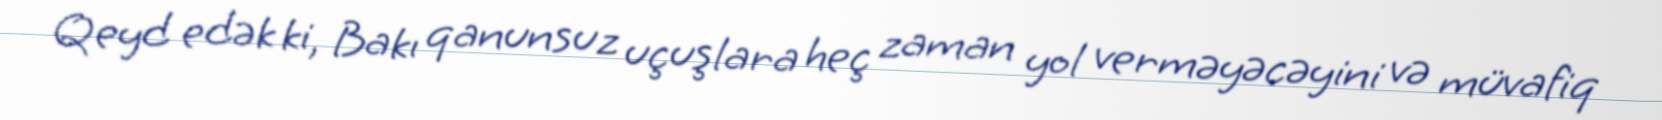
Qeyd edək ki, Bakı qanunsuz uçuşlara heç zaman yol verməyəcəyini və müvafiq